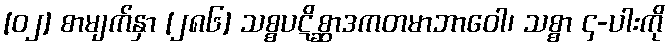
[၀၂] စာမျက်နှာ [၂၈၆] သစ္စပဋိစ္ဆာဒကတမာဘာဝေါ၊ သစ္စာ ၄-ပါးကို